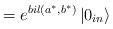
LaTeX: \begin{align*}=e^{bil(a^{*},b^{*})}\left| 0_{in}\right\rangle\end{align*}